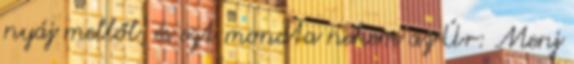
nyáj mellől, és ezt mondta nekem az Úr: Menj